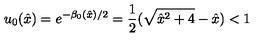
u _ { 0 } ( { \hat { x } } ) = e ^ { - \beta _ { 0 } ( { \hat { x } } ) / 2 } = \frac { 1 } { 2 } ( \sqrt { { \hat { x } } ^ { 2 } + 4 } - { \hat { x } } ) < 1